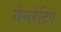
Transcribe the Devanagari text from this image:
गेमरेटिंग